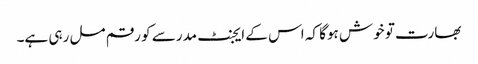
بھارت تو خوش ہوگا کہ اس کے ایجنٹ مدرسے کو رقم مل رہی ہے۔